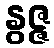
နွဇ္ဇ